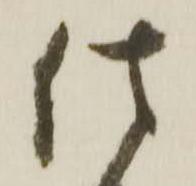
仕